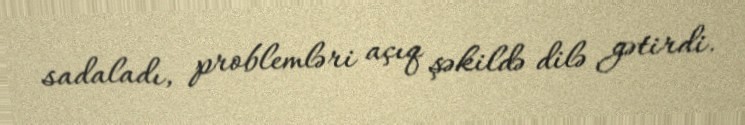
sadaladı, problemləri açıq şəkildə dilə gətirdi.